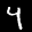
Label: 4